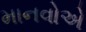
માનવોએ